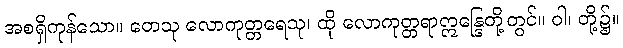
အစရှိကုန်သော။ တေသု လောကုတ္တရေသု၊ ထို လောကုတ္တရာဣန္ဒြေတို့တွင်။ ဝါ၊ တို့၌။